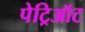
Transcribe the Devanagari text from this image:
पेट्रिऑट